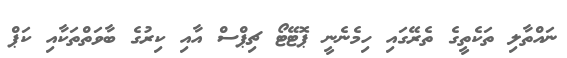
ނައްތާލި ތަކެތީގެ ތެރޭގައި ހިމެނެނީ ޕޮޓޭޓޯ ޗިޕްސް އާއި ކިރުގެ ބާވަތްތަކާއި ކަޕް